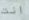
انت